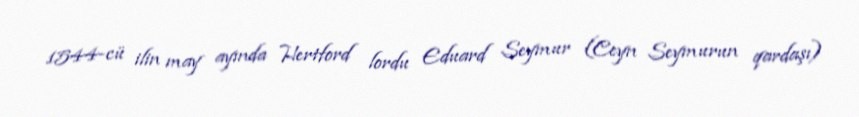
1544-cü ilin may ayında Hertford lordu Eduard Seymur (Ceyn Seymurun qardaşı)